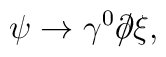
\psi \rightarrow \gamma^{0} \partial \!\!\!/ \xi,